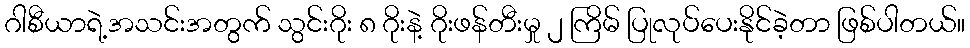
ဂါစီယာရဲ့အသင်းအတွက် သွင်းဂိုး ၈ ဂိုးနဲ့ ဂိုးဖန်တီးမှု ၂ ကြိမ် ပြုလုပ်ပေးနိုင်ခဲ့တာ ဖြစ်ပါတယ်။